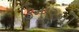
કિનારની